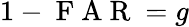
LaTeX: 1-\mathrm{~F~A~R~}=g